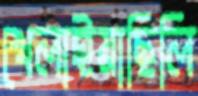
খেলাইয়াছিলি